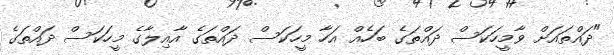
"ދައްތައަށް ވާމީހަކަސް ދައްތަގެ ބަހެއް އަހާ މީހަކަސް ދައްތަގެ އާއިލާގެ މީހަކަސް ދައްތަގެ